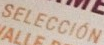
SELECCION